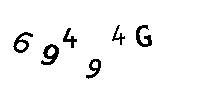
6949G